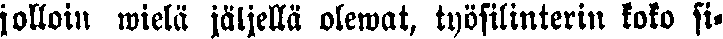
jolloin wielä jäljellä olewat, työsilinterin koko si-